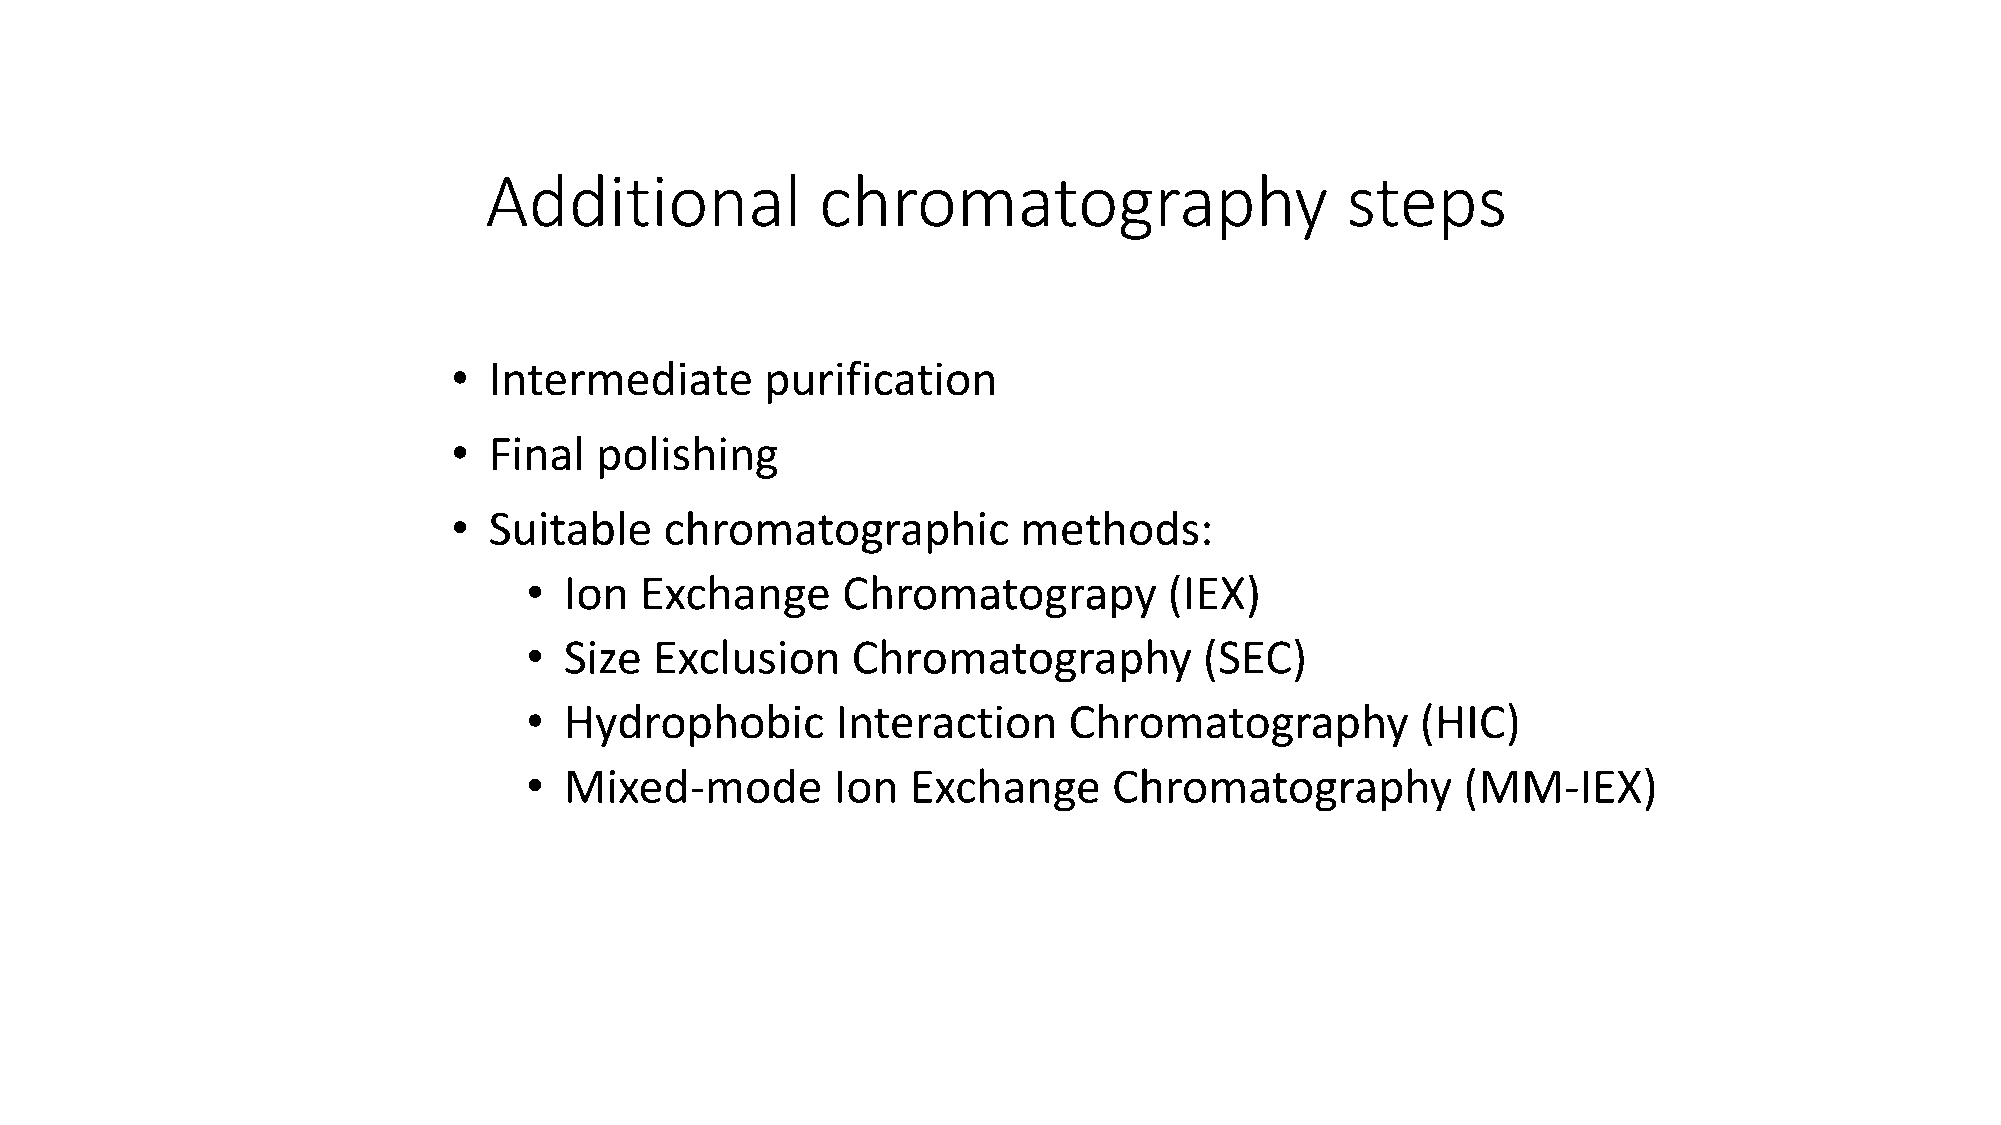
Additional            chromatography                     steps
 • Intermediate       purification
 • Final  polishing
 • Suitable    chromatographic        methods:
 • Ion  Exchange      Chromatograpy        (IEX)
 • Size  Exclusion    Chromatography          (SEC)
 • Hydrophobic       Interaction     Chromatography         (HIC)
 • Mixed-mode        Ion  Exchange      Chromatography         (MM-IEX)